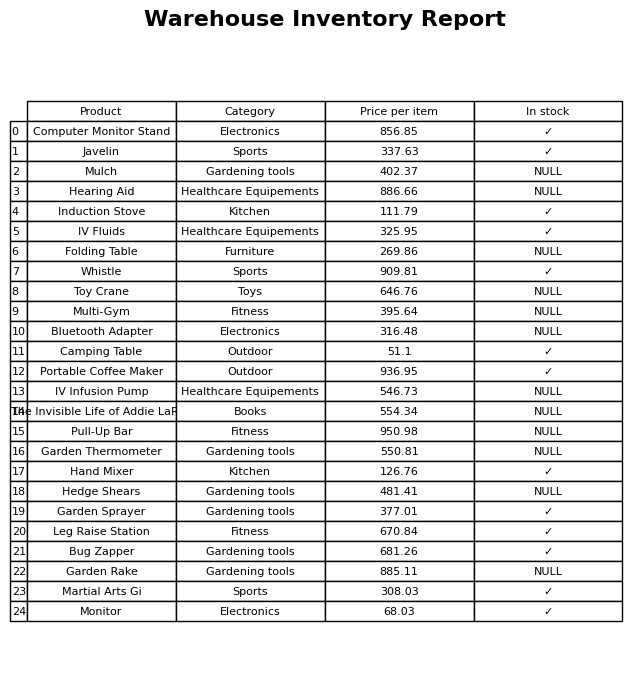
question: What is the price for Induction Stove?
answer: The price of Induction Stove is 111.79.